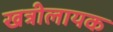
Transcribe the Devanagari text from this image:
खत्रीलायक